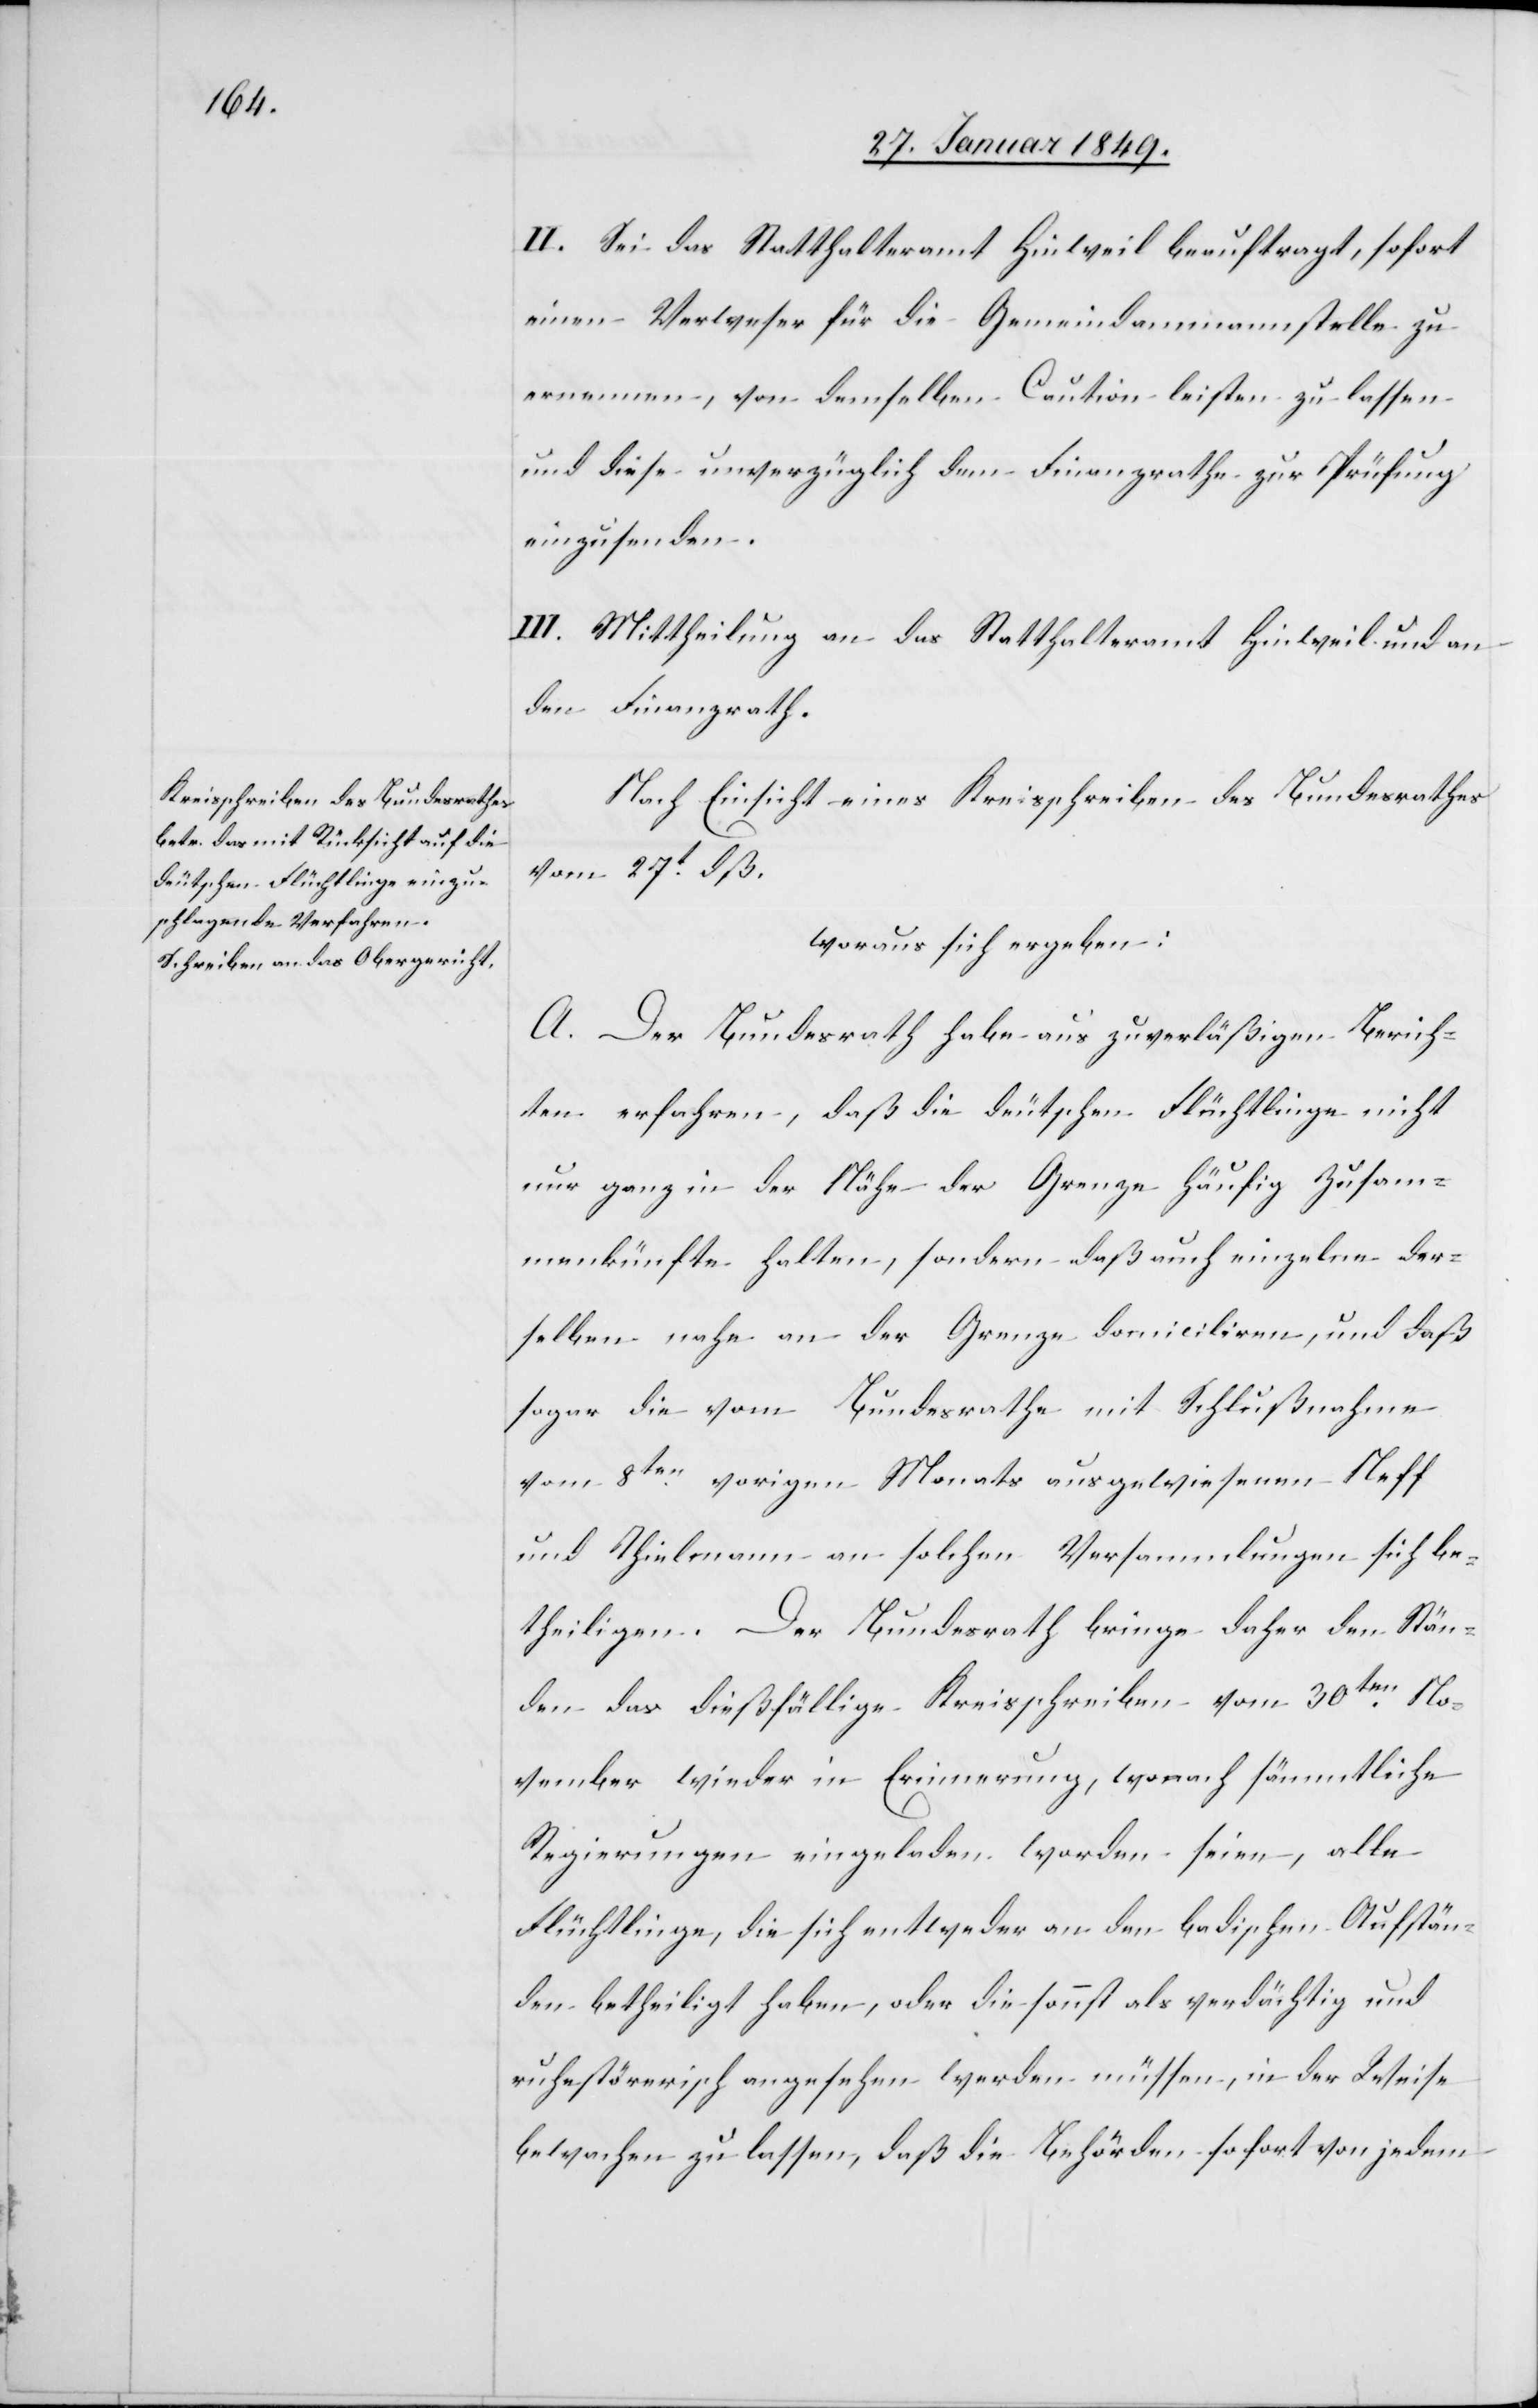
30. Januar 1849.]
II. Sei das Statthalteramt Hinweil beauftragt, sofort
einen Verweser für die Gemeindammannstelle zu
ernennen, von demselben Caution leisten zu lassen
und diese unverzüglich dem Finanzrathe zur Prüfung
einzusenden.
III. Mittheilung an das Statthalteramt Hinweil und an
den Finanzrath.
Nach Einsicht eines Kreisschreibens des Bundesrathes
vom 27t. dß.
woraus sich ergeben:
A. Der Bundesrath habe aus zuverläßigen Berich¬
ten erfahren, daß die deutschen Flüchtlinge nicht
nur ganz in der Nähe der Grenze häufig Zusam¬
menkünfte halten, sondern daß auch einzelne der¬
selben nahe an der Grenze domiciliren, und daß
sogar die vom Bundesrathe mit Schlußnahme
vom 8ten. vorigen Monats ausgewiesenen Neff
und Thielmann an solchen Versammlungen sich be¬
theiligen. Der Bundesrath bringe daher den Stän¬
den das dießfällige Kreisschreiben vom 30ten. No¬
vember wieder in Erinnerung, wonach sämmtliche
Regierungen eingeladen worden seien, alle
Flüchtlinge, die sich entweder an den badischen Aufstän¬
den betheiligt haben, oder die sonst als verdächtig und
ruhestörerisch angesehen werden müssen, in der Weise
bewachen zu lassen, daß die Behörden sofort von jedem